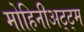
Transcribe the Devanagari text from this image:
मोहिनीअट्ट्म